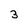
Character: 3